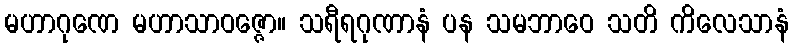
မဟာဂုဏေ မဟာသာဝဇ္ဇော။ သရီရဂုဏာနံ ပန သမဘာဝေ သတိ ကိလေသာနံ